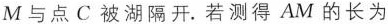
M与点C被湖隔开。若测得AM的长为